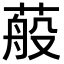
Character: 蒰